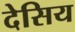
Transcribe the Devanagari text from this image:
देसिय